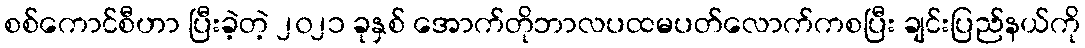
စစ်ကောင်စီဟာ ပြီးခဲ့တဲ့ ၂၀၂၁ ခုနှစ် အောက်တိုဘာလပထမပတ်လောက်ကစပြီး ချင်းပြည်နယ်ကို